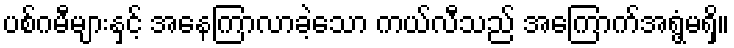
ပစ်ဂမီများနှင့် အနေကြာလာခဲ့သော ကယ်လီသည် အကြောက်အရွံ့မရှိ။